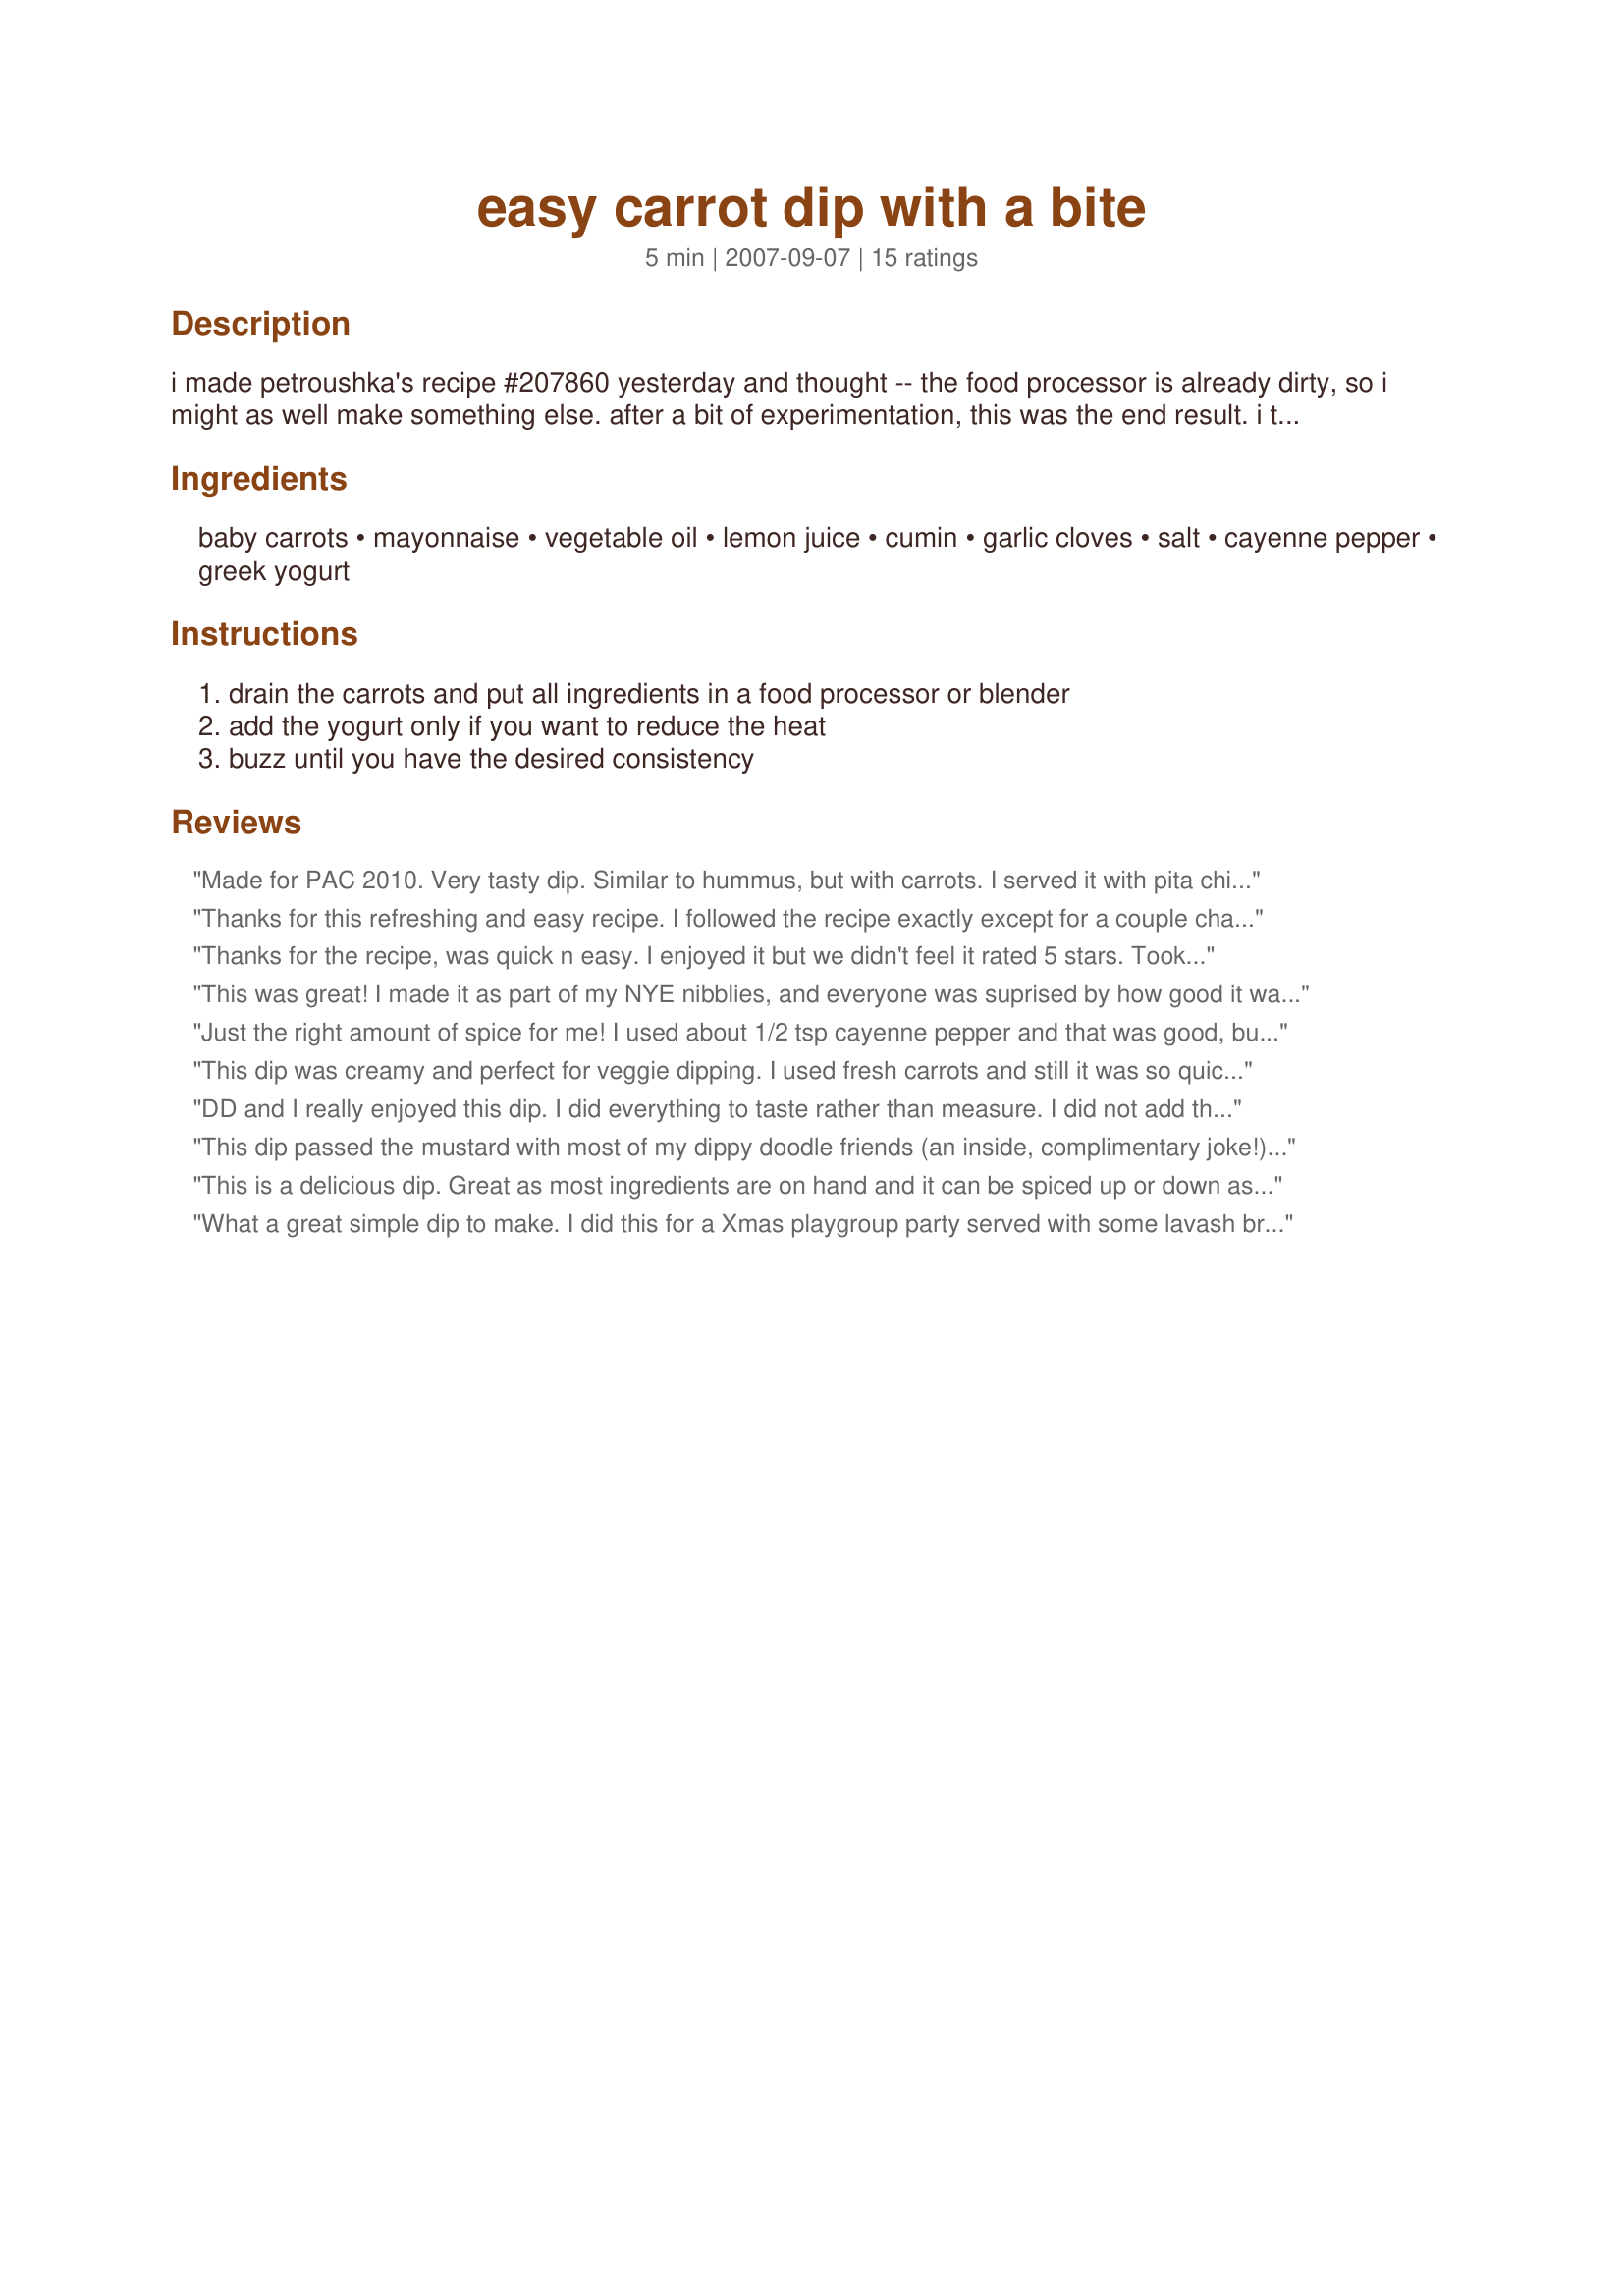
easy carrot dip with a bite
Preparation time: 5 minutes

i made petroushka's recipe #207860 yesterday and thought -- the food processor is already dirty, so i might as well make something else. after a bit of experimentation, this was the end result. i took it to office drinks today and it got two thumbs up from everyone. i used a tin of baby carrots, but you can make this recipe harder for yourself by cooking 250 grams (8 ounces) of sliced fresh carrots until they are tender, draining them and then following the rest of the recipe. i'm sure you could double or triple this for a crowd. use yogurt only if you need to reduce the heat.

Ingredients:
baby carrots, mayonnaise, vegetable oil, lemon juice, cumin, garlic cloves, salt, cayenne pepper, greek yogurt

Steps:
drain the carrots and put all ingredients in a food processor or blender, add the yogurt only if you want to reduce the heat, buzz until you have the desired consistency

Reviews:
Made for PAC 2010. Very tasty dip. Similar to hummus, but with carrots. I served it with pita chips :) DH loved it and so did I. 
Thanks for posting. Added this to my cookbook. Will make again.
Thanks for this refreshing and easy recipe. I followed the recipe exactly except for a couple changes. I used 2 tsp. hot sauce instead of the cayenne. I used raw carrots and put them in the food precessor. Easy.<br/>We ate it with homemade naan. This makes a nice change from hummus. I have sent the recipe to one of my brothers as I think he will enjoy it too.
Thanks for the recipe, was quick n easy. I enjoyed it but we didn't feel it rated 5 stars. Took it to a pot luck supper, served it with another dip, crackers, corn chips, carrot & cauliflower crudites, the carrot dip wasn't gobbled up whereas the other dip disappeared in no time. I didn't have cayenne pepper so replaced this with chilli powder, also cooked my own carrots, not sure if the change would have made a huge difference??? It wasn't hot at all, so perhaps thats the substitution diference. Will try again with cayenne because I did enjoy it even if it wasn't a huge hit. Thanks again.
This was great! I made it as part of my NYE nibblies, and everyone was suprised by how good it was! We added the yoghurt for the flavour, but doubled the cayenne for the heat. What I loved most was, we were able to scoop some of the hotter dip out, and mix it with more yoghurt, for those who didn't like things too spicy.
Just the right amount of spice for me! I used about 1/2 tsp cayenne pepper and that was good, but I might used a little bit more next time (I think my cayenne pepper might be lacking some punch). I served this with celery sticks; however, I really enjoyed it as a topping. I had some grilled chicken leftover from last night's dinner. I spread the carrot dip on top of the cold chicken, sliced it, and YUMMY, it was excellent! Thanks for both a dip AND a topping for chicken!
This dip was creamy and perfect for veggie dipping. I used fresh carrots and still it was so quick and easy to make, which is always a plus.
While I enjoyed the overall taste and especially the kick from the cumin and cayenne pepper, it was a little overpowering for me. Next time (and there will be one) Ill use only 1/2 ts cumin and 1/4 ts cayenne.
THANK YOU SO MUCH for sharing this healthy and yummy dip with us, Leggy Peggy!
Made and reviewed for Make My Recipe #11 May 2010.
DD and I really enjoyed this dip. I did everything to taste rather than measure. I did not add the Greek yogurt. I used large carrots which didn't make it take too much extra time. I used Hellman's olive oil mayonnaise to be soy free, canola oil instead of vegetable oil to also be soy free, freshly squeezed lemon juice, sea salt, plus the rest. I can see this may not be 5 stars for some as it doesn't seem to go perfectly with vegetables (carrot, cucumber, zucchini) or the rice crackers I served it with but the taste is delicious. Like a reviewer said she had it on chicken breast I can imagine that as tasty. Made for MAKE MY RECIPE~Tag Game, Christmas 2010.
This dip passed the mustard with most of my dippy doodle friends (an inside, complimentary joke!) who are always looking for something a bit different from me anyway! The only thing I changed was to use just a scant 1/4 teaspoon of the cayenne pepper (Wow, what kind of change is that!) & I didn't include the yogurt! This was a definite crowd pleaser & a keeper of a recipe, too! [Tagged, made & reviewed as a PRESSIE in the Aus/NZ 12 Days of Christmas Recipe Swap]
This is a delicious dip. Great as most ingredients are on hand and it can be spiced up or down as desired. So easy to make and very pretty once in the bowl. I served mine with little crackers but I bet it would be marvellous too with crudites. We loved this !!
What a great simple dip to make. I did this for a Xmas playgroup party served with some lavash bread & water crackers, even the toddlers gave this a go with no complaints, it wasn't too hot at all. I used prepared minced garlic so only added just over half a tsp. I think maybe even that was too much as the garlic flavour was most dominant. I love garlic so I'm not complaining but would cut it back a bit next time. Great recipe! Thanks!
This was so quick and easy.. I only had regular yogurt not greek on hand. This was a great back yard and enjoy the warm weather snack.
LOVED the combination,
Ate it with elation!!!
LOVE is so low fat, healthy for me!
VERY tasty recipe!!!
I made this for a bonfire where about 40 people attended. It scored a unanimous 5 stars. No one picked the carrot as the main ingredient. The spice quantities are perfect. The cayenne doesn't add too much heat - just rounds out the flavours nicely. I took along the yogurt (just in case) but did not need to add it. I served it with microwaved pappadams and celery sticks.
Made this for a party, and it went down a treat1 I mad it with left over roast carrot and it worked so well!
I also used 1/4 cup of the yogurt as it did have a bit of a kick to it and I thought I should cut the heat down just a fraction for serving, and it was perfect!
Such a quick and easy recipe.
Thanks Peggy it was enjoyed by everyone who ate it!
We (Little Miss and I) love dips for a quick snack. This was delious and very healthy. We made it for afternoon. I added the spice after I seved Little Miss as she's not to keen on heat. Thanks so much Peggy for a lovely recipe.
